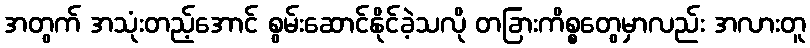
အတွက် အသုံးတည့်အောင် စွမ်းဆောင်နိုင်ခဲ့သလို တခြားကိစ္စတွေမှာလည်း အလားတူ